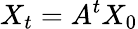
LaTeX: X_{t}=A^{t}X_{0}